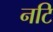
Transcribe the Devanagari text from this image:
नटि